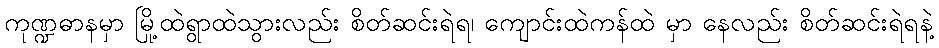
ကုဏ္ဍဓာနမှာ မြို့ထဲရွာထဲသွားလည်း စိတ်ဆင်းရဲရ၊ ကျောင်းထဲကန်ထဲ မှာ နေလည်း စိတ်ဆင်းရဲရနဲ့